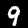
Digit: 9